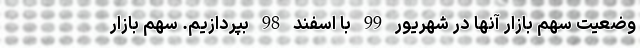
وضعیت سهم بازار آنها در شهریور 99 با اسفند 98 بپردازیم. سهم بازار